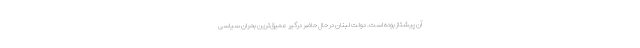
آن پیشتاز بوده است. دولت لبنان در حال حاضر درگیر عمیق‌ترین بحران سیاسی